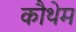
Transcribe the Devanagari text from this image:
कौथेम